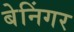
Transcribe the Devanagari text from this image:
बेनिंगर